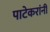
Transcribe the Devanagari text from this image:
पाटेकरांनी